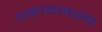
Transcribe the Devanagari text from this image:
अज्ञानावरुन